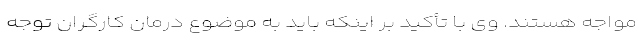
مواجه هستند. وی با تأکید بر اینکه باید به موضوع درمان کارگران توجه